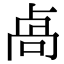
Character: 卨